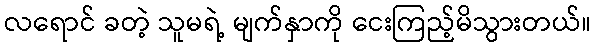
လရောင် ခတဲ့ သူမရဲ့ မျက်နှာကို ငေးကြည့်မိသွားတယ်။